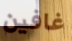
غافين